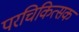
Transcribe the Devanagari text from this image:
परचिकित्सक